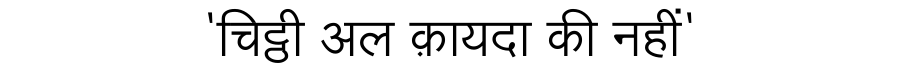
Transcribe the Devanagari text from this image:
'चिट्ठी अल क़ायदा की नहीं'